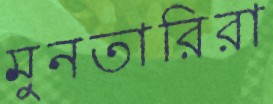
মুনতারিরা